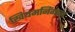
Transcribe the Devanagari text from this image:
खियमनिंगान